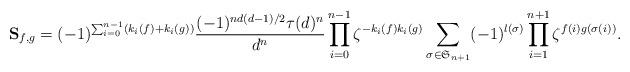
LaTeX: \begin{align*} \mathbf{S}_{f,g} = (-1)^{\sum_{i=0}^{n-1}(k_i(f)+k_i(g))}\frac{(-1)^{nd(d-1)/2}\tau(d)^n}{d^n}\prod_{i=0}^{n-1}\zeta^{-k_i(f)k_i(g)}\sum_{\sigma\in\mathfrak{S}_{n+1}}(-1)^{l(\sigma)}\prod_{i=1}^{n+1}\zeta^{f(i)g(\sigma(i))}.\end{align*}